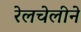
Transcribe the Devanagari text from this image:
रेलचेलीने